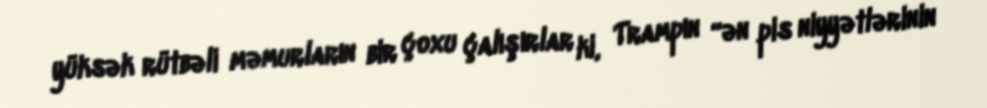
yüksək rütbəli məmurların bir çoxu çalışırlar ki, Trampın “ən pis niyyətlərinin